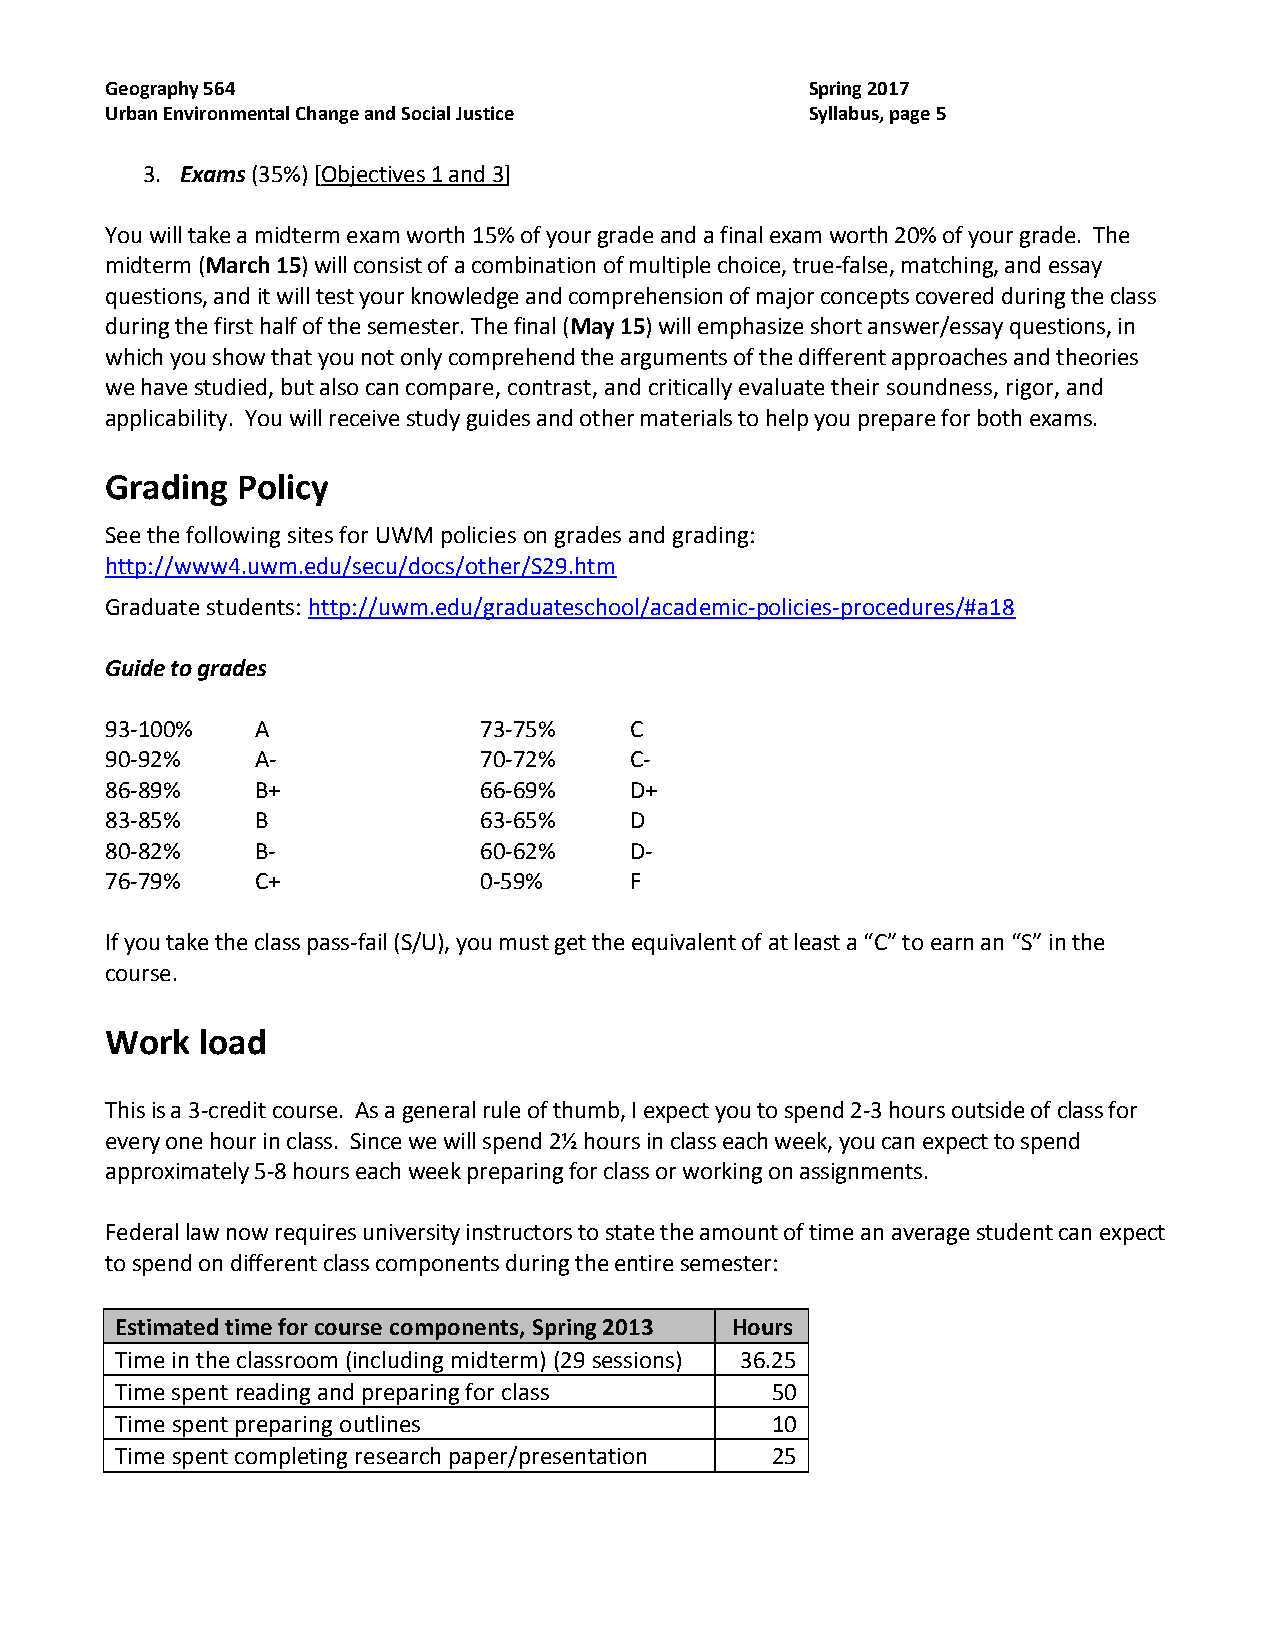
Geography 564                                  Spring 2017
 Urban Environmental Change and Social Justice  Syllabus, page 5
 3. Exams (35%) [Objectives 1 and 3]
 You will take a midterm exam worth 15% of your grade and a final exam worth 20% of your grade. The
 midterm (March 15) will consist of a combination of multiple choice, true-false, matching, and essay
 questions, and it will test your knowledge and comprehension of major concepts covered during the class
 during the first half of the semester. The final (May 15) will emphasize short answer/essay questions, in
 which you show that you not only comprehend the arguments of the different approaches and theories
 we have studied, but also can compare, contrast, and critically evaluate their soundness, rigor, and
 applicability. You will receive study guides and other materials to help you prepare for both exams.
 Grading  Policy
 See the following sites for UWM policies on grades and grading:
 http://www4.uwm.edu/secu/docs/other/S29.htm
 Graduate students: http://uwm.edu/graduateschool/academic-policies-procedures/#a18
 Guide to grades
 93-100%   A              73-75%    C
 90-92%    A-             70-72%    C-
 86-89%    B+             66-69%    D+
 83-85%    B              63-65%    D
 80-82%    B-             60-62%    D-
 76-79%    C+             0-59%     F
 If you take the class pass-fail (S/U), you must get the equivalent of at least a “C” to earn an “S” in the
 course.
 Work  load
 This is a 3-credit course. As a general rule of thumb, I expect you to spend 2-3 hours outside of class for
 every one hour in class. Since we will spend 2½ hours in class each week, you can expect to spend
 approximately 5-8 hours each week preparing for class or working on assignments.
 Federal law now requires university instructors to state the amount of time an average student can expect
 to spend on different class components during the entire semester:
 Estimated time for course components, Spring 2013 Hours
 Time in the classroom (including midterm) (29 sessions) 36.25
 Time spent reading and preparing for class 50
 Time spent preparing outlines              10
 Time spent completing research paper/presentation 25